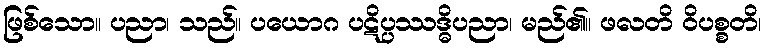
ဖြစ်သော။ ပညာ၊ သည်။ ပယောဂ ပဋိပ္ပဿဒ္ဓိပညာ၊ မည်၏။ ဖလတိ ဝိပစ္စတိ၊